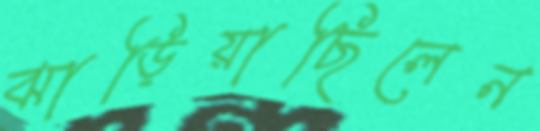
ঝাড়িয়াছিলেন